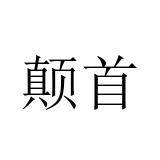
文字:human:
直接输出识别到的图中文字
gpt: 颠首